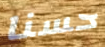
حسنا